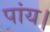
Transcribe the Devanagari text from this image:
पांय।